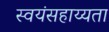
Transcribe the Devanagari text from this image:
स्वयंसहाय्यता